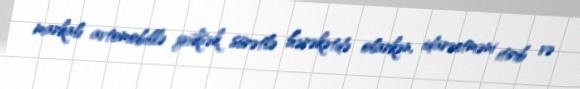
markalı avtomobillə yüksək sürətlə hərəkətdə olarkən, idarəetməni itirib və